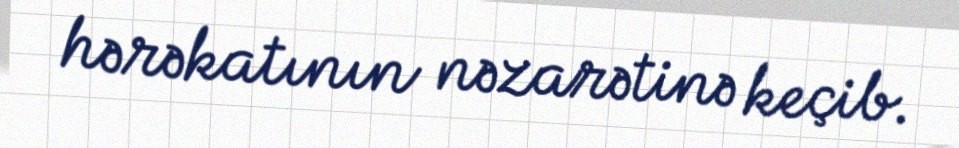
hərəkatının nəzarətinə keçib.